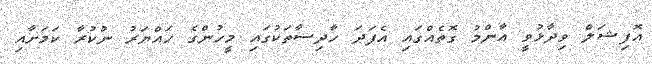
އޮފިޝަލް ވިދާޅުވީ އާންމު ގޮތެއްގައި އެފަދަ ހާދިސާތަކުގައި މީހުންގެ ހައްޔަރު ނުކުރާ ކަމަށާއި